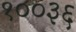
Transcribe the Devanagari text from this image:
१००३६